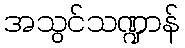
အသွင်သဏ္ဍာန်